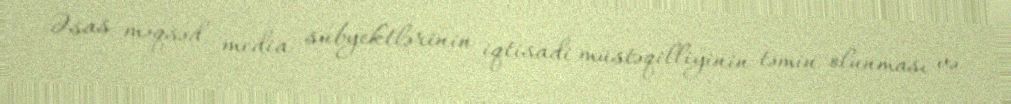
Əsas məqsəd media subyektlərinin iqtisadi müstəqilliyinin təmin olunması və